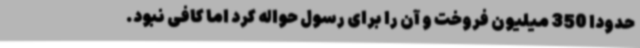
حدودا 350‌ میلیون فروخت و آن را برای رسول حواله کرد اما کافی نبود.